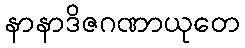
နာနာဒိဇဂဏာယုတေ